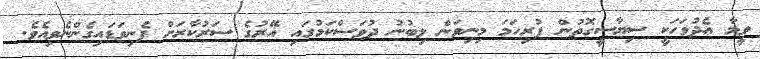
ވީމާ އެދުވަހަކީ ސިޔާސީގޮތުން ފުރިހަމަ މިނިވަން ލިބުނު ދުވަސްކަމުގައި އޭރުގެ ސަރުކާރަށް ފެނިވަޑައިގެންނެވިއެވެ.